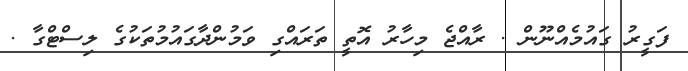
ފަގީރު ގައުމެއްނޫން . ރާއްޖެ މިހާރު އޮތީ ތަރައްގި ވަމުންދާގައުމުތަކުގެ ލިސްޓްގާ .